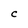
Character: C